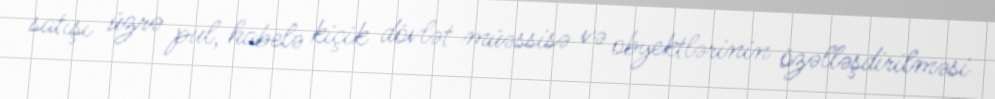
satışı üzrə pul, habelə kiçik dövlət müəssisə və obyektlərinin özəlləşdirilməsi